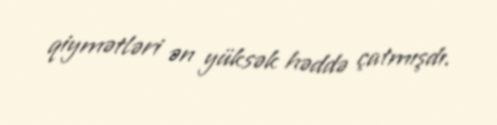
qiymətləri ən yüksək həddə çatmışdı.